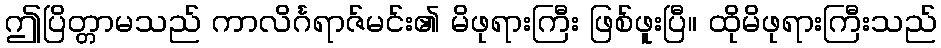
ဤပြိတ္တာမသည် ကာလိင်္ဂရာဇ်မင်း၏ မိဖုရားကြီး ဖြစ်ဖူးပြီ။ ထိုမိဖုရားကြီးသည်